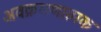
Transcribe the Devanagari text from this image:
अवक्रमणात्मक